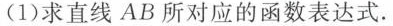
(1)求直线AB所对应的函数表达式.